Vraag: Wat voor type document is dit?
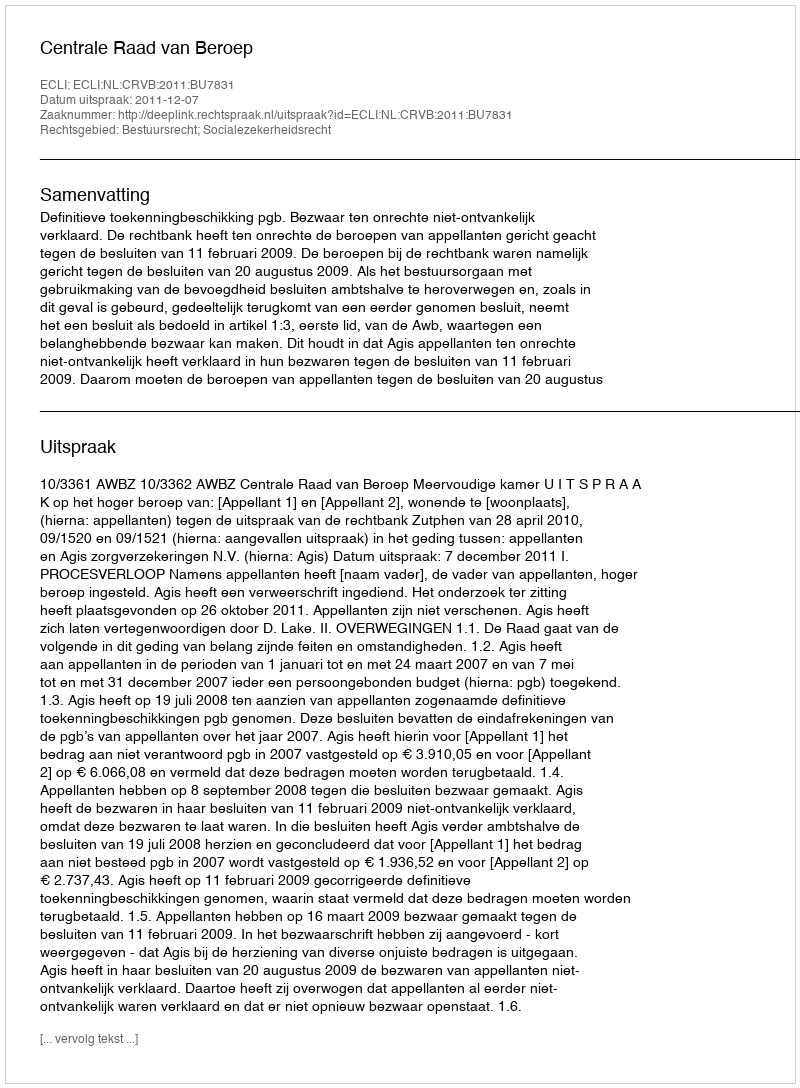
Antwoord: Uitspraak